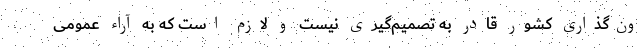
ون‌گذاری کشور قادر به تصمیم‌گیری نیست و لازم است که به آراء عمومی